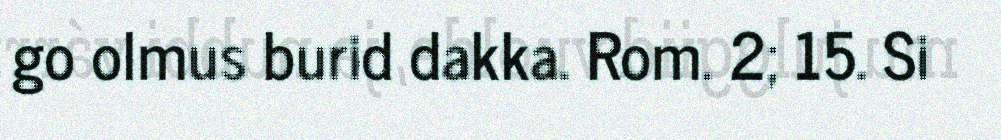
go olmus burid dakka. Rom. 2; 15. Si